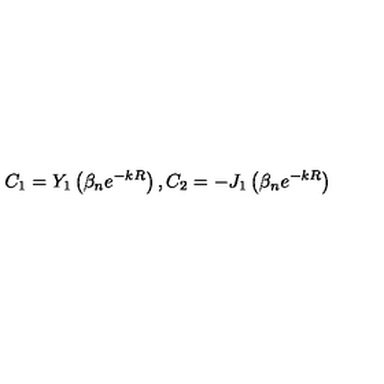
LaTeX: C _ { 1 } = Y _ { 1 } \left( \beta _ { n } e ^ { - k R } \right) , C _ { 2 } = - J _ { 1 } \left( \beta _ { n } e ^ { - k R } \right)